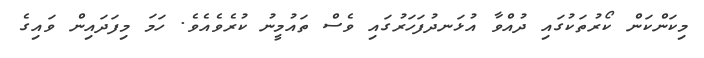
މިކަންކަން ކޯރުތަކުގައި ދުއްވާ އުޅަނދުފަހަރުގައި ވެސް ތައުމީނު ކުރެވެއެވެ. ހަމަ މިފަދައިން ވައިގެ